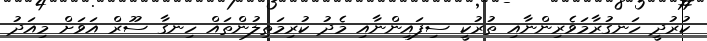
ކުރުދީ ހަނގުރާމަވެރިންނާއި ތުރުކީ ސިފައިންނާއި މެދު ކުރިމަތިލުންތައް ހިނގާ ސޫރް އަވަށް މިއަދު